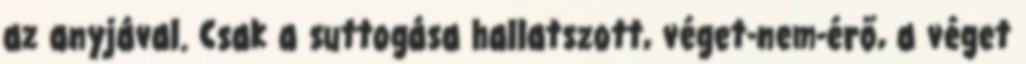
az anyjával. Csak a suttogása hallatszott, véget-nem-érő, a véget